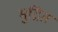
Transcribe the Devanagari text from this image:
मुद्रित